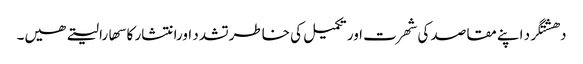
دھشتگرد اپنے مقاصد کی شھرت اور تکمیل کی خاطرتشدد اورانتشار کا سھارا لیتے ھیں۔